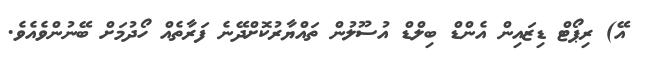
އޭ) ރިޕޯޓް ޑިޒައިން އެންޑް ބިލްޑް އުސޫލުން ތައްޔާރުކޮށްދޭނެ ފަރާތެއް ހޯދުމަށް ބޭނުންވެއެވެ.